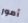
أمور